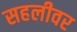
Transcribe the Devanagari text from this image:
सहलीवर